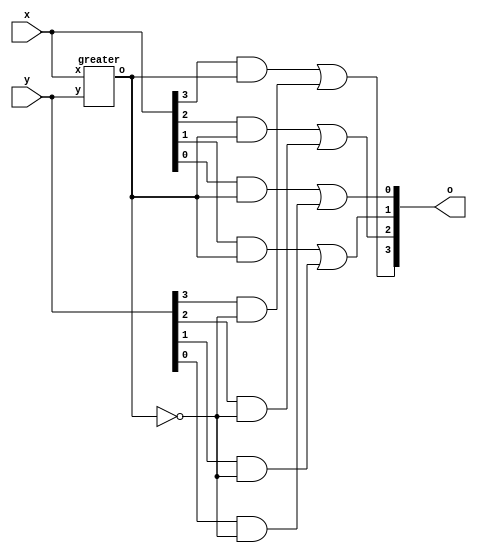
// ============================================================
//   Ver  :| Authors					               :| Mod. Date :|
//   V1.1 :| Andrew Zhu and Kurt Sprague			:| 3/4/2018  :|
// ============================================================
// module max that takes in 2 inputs and outputs the maximum of the two
// output is going to be a wire
// wire the output of our greater than module 
// use our greater than module to do a bitwise AND between every bit of the input and the output of our greater than module
// bitwise OR the result
// assign each bit of the output to each individual result
module max(x,y,o);
	input [3:0] x;
	input [3:0] y;
	output [3:0] o;
	wire greateroutput;
	greater G1(x,y,greateroutput);
	assign o[3] = (x[3] & greateroutput) | (y[3] & ~greateroutput);
	assign o[2] = (x[2] & greateroutput) | (y[2] & ~greateroutput);
	assign o[1] = (x[1] & greateroutput) | (y[1] & ~greateroutput);
	assign o[0] = (x[0] & greateroutput) | (y[0] & ~greateroutput);
endmodule 

// module that will determine if x input is less than y input
// assign statement that triggers on the change of x or y
// default the output to 0
// if x is less than y set the output to 1
module lessthan(x,y,o);
	input [3:0] x;
	input [3:0] y;
	output reg o;
	always @(x,y) begin
		o = 0;
		if(x < y) begin
			o = 1;
			end
		end
endmodule 

// module that will determine if x is greater than y
// the output will be a register because it changes based off of the always block
// always block triggered at x or y change
// default output to 0
// if x is greater than y set output to 1
module greater(x,y,o);
	input [3:0] x;
	input [3:0] y;
	output reg o;
	always @(x,y) begin
		o = 0;
		if(x > y) begin
			o = 1;
			end
		end
endmodule

// module that determines if x and y are equal
// output is a reg because the equality is determined in an always block
// always block triggered at x or y
// output is default set to 0
// if x and y are equal set output to 1
module equal(x,y,o);
	input [3:0] x;
	input [3:0] y;
	output reg o;
	always @(x,y) begin
		o = 0;
		if(x == y) begin
			o = 1;
			end
		end
endmodule